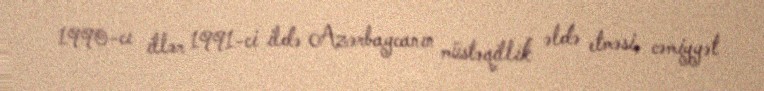
1990-cı illər 1991-ci ildə Azərbaycanın müstəqillik əldə etməsi, cəmiyyət